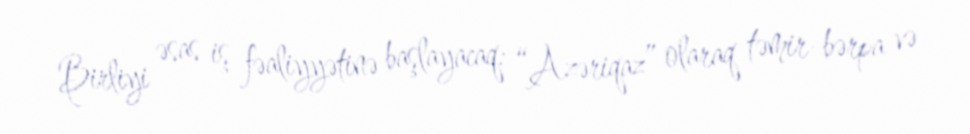
Birliyi əsas iş fəaliyyətinə başlayacaq: “Azəriqaz” olaraq təmir-bərpa və